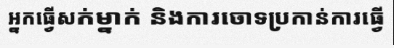
អ្នកធ្វើសក់ម្នាក់ និងការចោទប្រកាន់ការធ្វើ